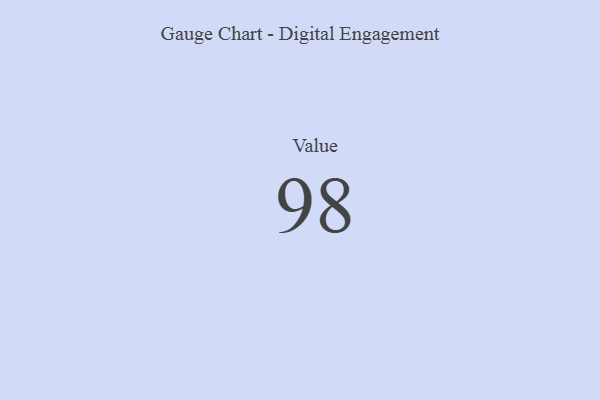
{"axis": {"x": "Metric", "y": "Value"}, "legend": [""], "data": [{"x": "Value", "y": 98, "type": ""}]}